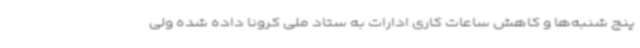
پنج شنبه‌ها و کاهش ساعات کاری ادارات به ستاد ملی کرونا داده شده ولی